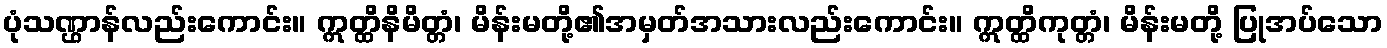
ပုံသဏ္ဌာန်လည်းကောင်း။ ဣတ္ထိနိမိတ္တံ၊ မိန်းမတို့၏အမှတ်အသားလည်းကောင်း။ ဣတ္ထိကုတ္တံ၊ မိန်းမတို့ ပြုအပ်သော